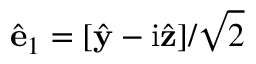
\hat { \mathbf { e } } _ { 1 } = [ \hat { \mathbf { y } } - \mathrm { i } \hat { \mathbf { z } } ] / \sqrt { 2 }